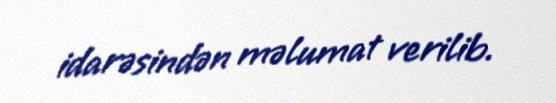
idarəsindən məlumat verilib.